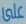
على